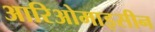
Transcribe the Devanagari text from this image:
आरिओमाइसीन